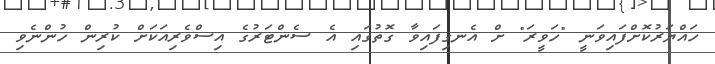
ހައްޔަރުކޮށްފައިވަނީ "ހަވީރަ" ށް އެނގިފައިވާ ގޮތުގައި އެ ސެންޓަރުގެ އިސްވެރިއަކަށް ކުރިން ހުންނެވި